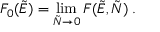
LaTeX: F _ { 0 } ( \tilde { E } ) = \operatorname * { l i m } _ { \tilde { N } \to 0 } F ( \tilde { E } , \tilde { N } ) \; .